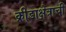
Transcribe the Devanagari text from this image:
क्रीडाक्षेत्राची